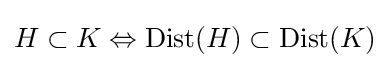
H\subset K\Leftrightarrow \operatorname {Dist} (H)\subset \operatorname {Dist} (K)